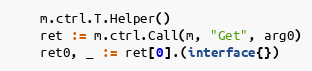
Language: Go
	m.ctrl.T.Helper()
	ret := m.ctrl.Call(m, "Get", arg0)
	ret0, _ := ret[0].(interface{})